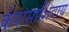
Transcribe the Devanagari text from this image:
कंपासाशिवाय